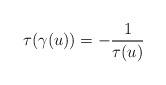
LaTeX: \begin{align*}\tau(\gamma(u)) = -\frac{1}{\tau(u)}\end{align*}